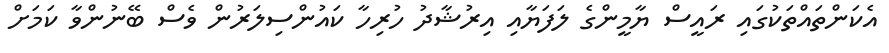
އެކަންތައްތަކުގައި ރައީސް ޔާމީންގެ ލަފަޔާއި އިރުޝާދު ހުރިހާ ކައުންސިލަރުން ވެސް ބޭނުންވާ ކަމަށް